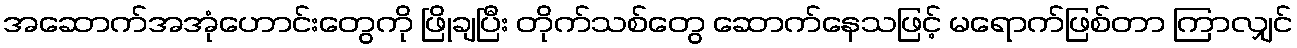
အဆောက်အအုံဟောင်းတွေကို ဖြိုချပြီး တိုက်သစ်တွေ ဆောက်နေသဖြင့် မရောက်ဖြစ်တာ ကြာလျှင်